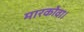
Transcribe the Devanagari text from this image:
मारकोवा।